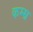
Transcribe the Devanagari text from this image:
कम्म्र